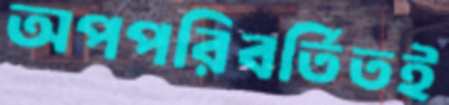
অপপরিবর্তিতই